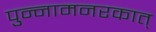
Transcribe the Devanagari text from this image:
पुन्नामनरकात्